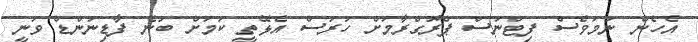
އެހެން ނަމަވެސް ފިޓްނަސް ޕްރޮގްރާމަށް ހުރަސް އެޅޭތީ ކަމަށް ބުނެ ފާޑިނަންޑް ވަނީ